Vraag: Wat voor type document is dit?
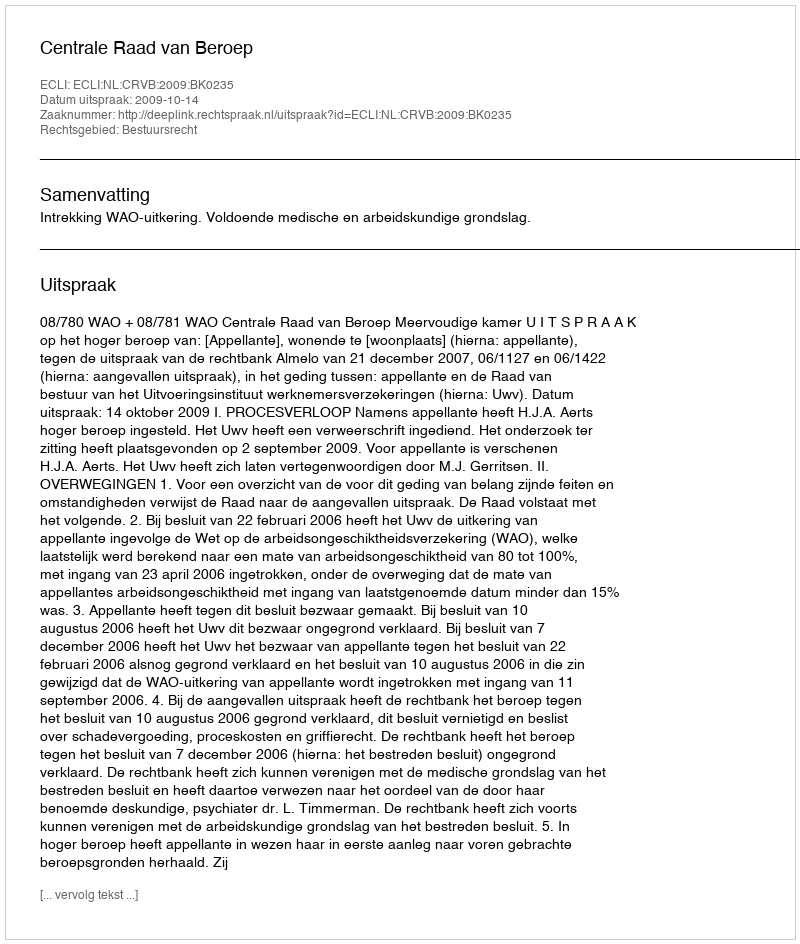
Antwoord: Uitspraak